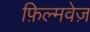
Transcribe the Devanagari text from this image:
फ़िल्मवेज़